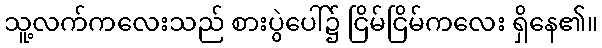
သူ့လက်ကလေးသည် စားပွဲပေါ်၌ ငြိမ်ငြိမ်ကလေး ရှိနေ၏။